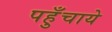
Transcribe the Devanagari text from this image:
पहुँचाये